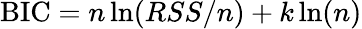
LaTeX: \mathrm{BIC}=n\ln(RSS/n)+k\ln(n)